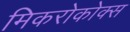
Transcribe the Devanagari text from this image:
मिकरोकोक्स